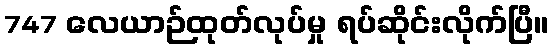
747 လေယာဉ်ထုတ်လုပ်မှု ရပ်ဆိုင်းလိုက်ပြီ။